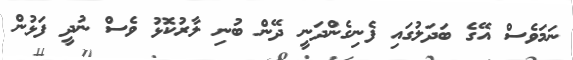
ނަމަވެސް އޭގެ ބަދަލުގައި ފެނިގެންދަނީ ދޭން ބުނި ލާރުކޮޅު ވެސް ނުދީ ފަޅުން